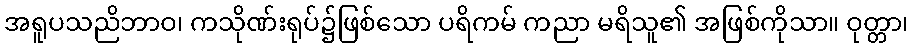
အရူပသညိဘာဝ၊ ကသိုဏ်းရုပ်၌ဖြစ်သော ပရိကမ် ကညာ မရိသူ၏ အဖြစ်ကိုသာ။ ဝုတ္တာ၊